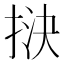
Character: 𢭯